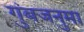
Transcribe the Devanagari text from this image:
गुंबजनुमा